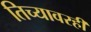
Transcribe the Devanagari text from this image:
तिच्यावरही